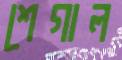
শেগাল